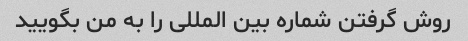
روش گرفتن شماره بین المللی را به من بگویید